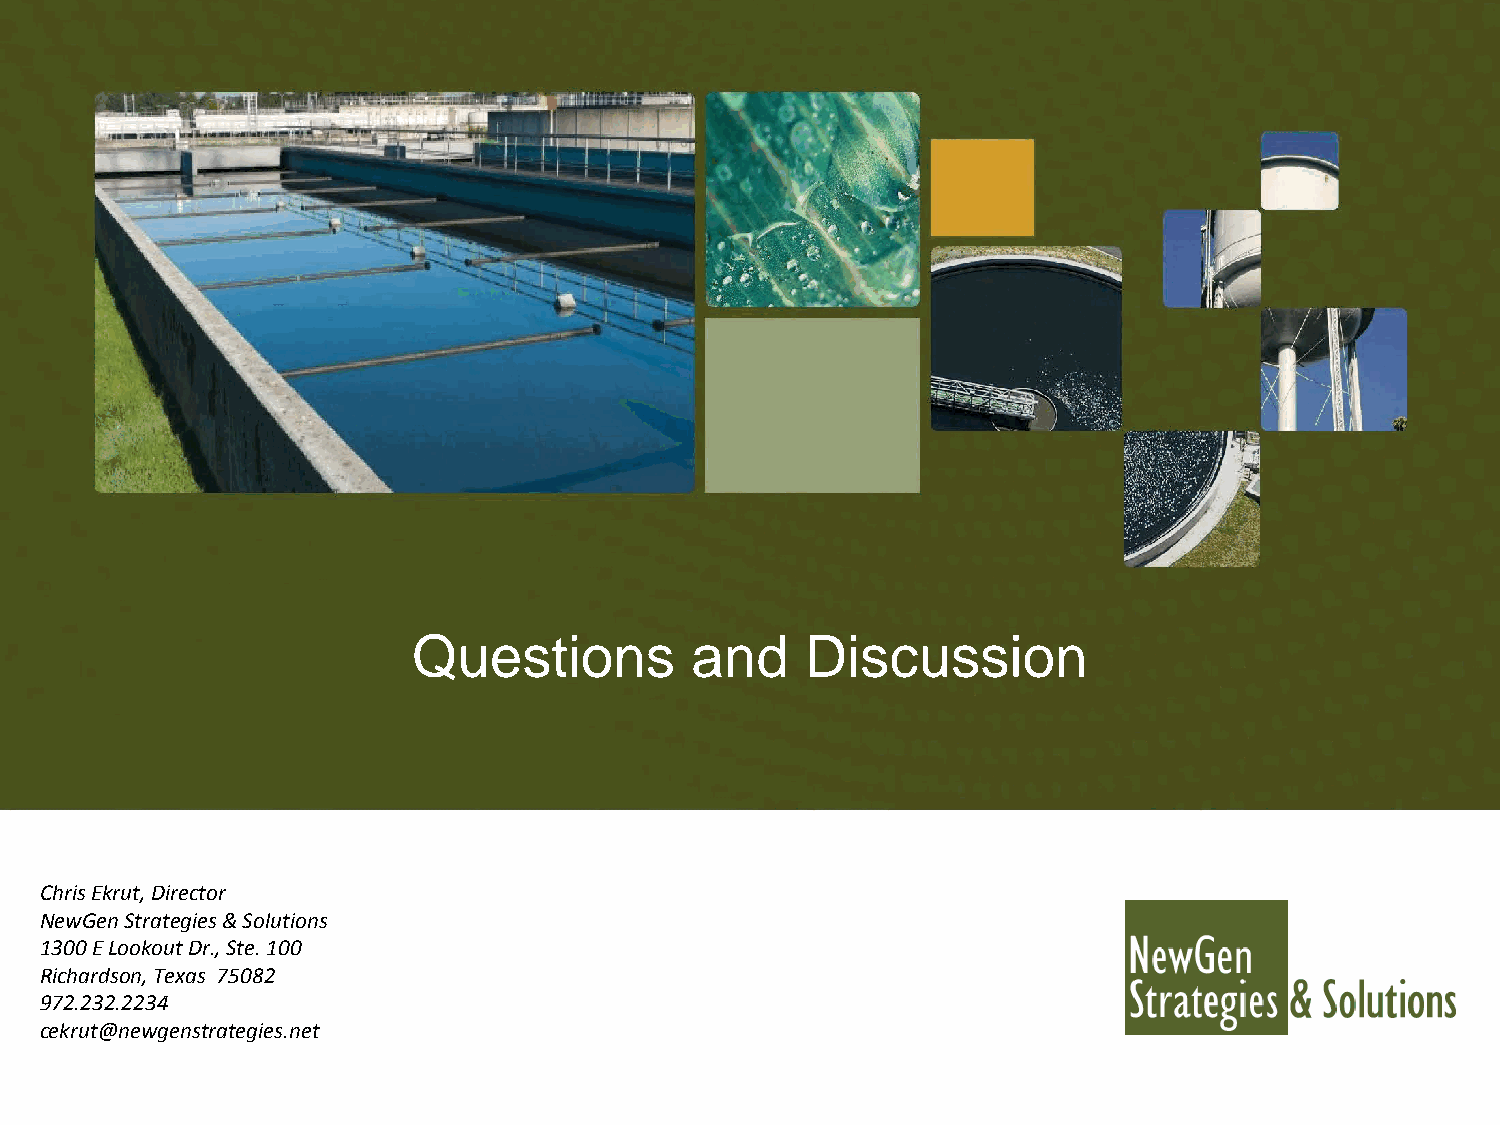
Questions          and    Discussion
 Chris Ekrut, Director
 NewGen Strategies & Solutions
 1300 E Lookout Dr., Ste. 100
 Richardson, Texas 75082
 972.232.2234
 cekrut@newgenstrategies.net